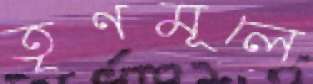
তৃণমূলে